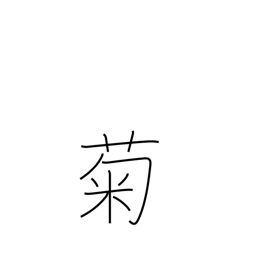
Meaning: chrysanthemum